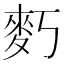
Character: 𪋽